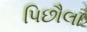
પિછૌલા